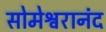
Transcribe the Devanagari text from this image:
सोमेश्वरानंद